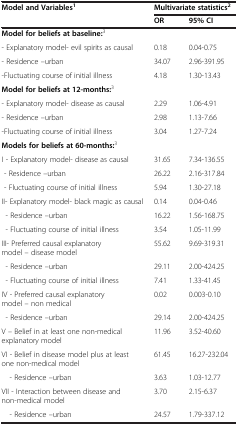
<table><thead><tr><td rowspan="2"><b>Model and Variables<sup>1</sup></b></td><td><b>Multivariate statistics<sup>2</sup></b></td><td><b> </b></td></tr><tr><td><b>OR</b></td><td><b>95% CI</b></td></tr></thead><tbody><tr><td><b>Model for beliefs at</b><b>baseline:</b><sup>3</sup></td><td> </td><td> </td></tr><tr><td>- Explanatory model- evil spirits as causal</td><td>0.18</td><td>0.04-0.75</td></tr><tr><td>- Residence –urban</td><td>34.07</td><td>2.96-391.95</td></tr><tr><td>-Fluctuating course of initial illness</td><td>4.18</td><td>1.30-13.43</td></tr><tr><td><b>Model for beliefs at</b><b>12-months:</b><sup>3</sup></td><td> </td><td> </td></tr><tr><td>- Explanatory model- disease as causal</td><td>2.29</td><td>1.06-4.91</td></tr><tr><td>- Residence –urban</td><td>2.98</td><td>1.13-7.66</td></tr><tr><td>-Fluctuating course of initial illness</td><td>3.04</td><td>1.27-7.24</td></tr><tr><td><b>Models for beliefs at</b><b>60-months:</b><sup>3</sup></td><td> </td><td> </td></tr><tr><td>I - Explanatory model- disease as causal</td><td>31.65</td><td>7.34-136.55</td></tr><tr><td> - Residence –urban</td><td>26.22</td><td>2.16-317.84</td></tr><tr><td> - Fluctuating course of initial illness</td><td>5.94</td><td>1.30-27.18</td></tr><tr><td>II- Explanatory model- black magic as causal</td><td>0.14</td><td>0.04-0.46</td></tr><tr><td> - Residence –urban</td><td>16.22</td><td>1.56-168.75</td></tr><tr><td> - Fluctuating course of initial illness</td><td>3.54</td><td>1.05-11.99</td></tr><tr><td>III- Preferred causal explanatory model – disease model</td><td>55.62</td><td>9.69-319.31</td></tr><tr><td> - Residence –urban</td><td>29.11</td><td>2.00-424.25</td></tr><tr><td> - Fluctuating course of initial illness</td><td>7.41</td><td>1.33-41.45</td></tr><tr><td>IV - Preferred causal explanatory model – non medical</td><td>0.02</td><td>0.003-0.10</td></tr><tr><td> - Residence –urban</td><td>29.14</td><td>2.00-424.25</td></tr><tr><td>V – Belief in at least one non-medical explanatory model</td><td>11.96</td><td>3.52-40.60</td></tr><tr><td>VI - Belief in disease model plus at least one non-medical model</td><td>61.45</td><td>16.27-232.04</td></tr><tr><td> - Residence –urban</td><td>3.63</td><td>1.03-12.77</td></tr><tr><td>VII - Interaction between disease and non-medical model</td><td>3.70</td><td>2.15-6.37</td></tr><tr><td> - Residence –urban</td><td>24.57</td><td>1.79-337.12</td></tr></tbody></table>